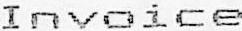
INVOICE